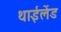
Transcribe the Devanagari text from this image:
थाईलेंड